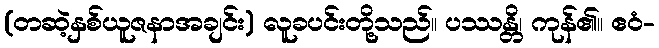
(တဆဲ့နှစ်ယူဇနာအချင်း) လူခပင်းတို့သည်။ ပဿန္တိ၊ ကုန်၏။ ဧဝံ-